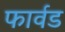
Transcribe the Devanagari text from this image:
फार्वड